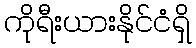
ကိုရီးယားနိုင်ငံရှိ